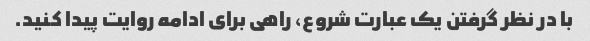
با در نظر گرفتن یک عبارت شروع، راهی برای ادامه روایت پیدا کنید.